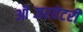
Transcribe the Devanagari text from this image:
ऑब्जरवेटरी